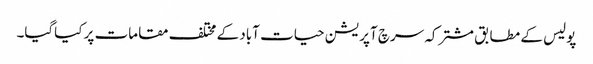
پولیس کے مطابق مشترکہ سرچ آپریشن حیات آباد کے مختلف مقامات پر کیاگیا۔